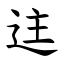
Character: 迬